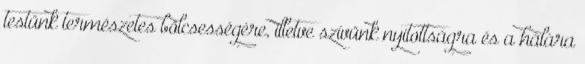
testünk természetes bölcsességére, illetve szívünk nyitottságra és a hálára